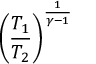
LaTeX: \left( { \frac { T _ { 1 } } { T _ { 2 } } } \right) ^ { \frac { 1 } { \gamma - 1 } }